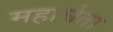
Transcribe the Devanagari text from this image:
महार्घता